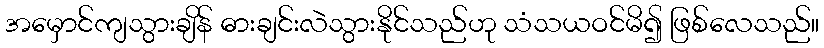
အမှောင်ကျသွားချိန် ဓားချင်းလဲသွားနိုင်သည်ဟု သံသယဝင်မိ၍ ဖြစ်လေသည်။